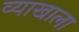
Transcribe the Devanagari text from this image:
व्‍याखाला